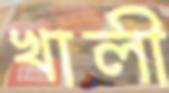
খালী